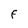
Character: F